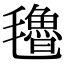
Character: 氇